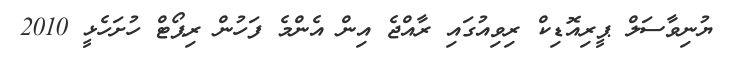
ޔުނިވާސަލް ޕީރިއޮޑިކް ރިވިއުގައި ރާއްޖެ އިން އެންމެ ފަހުން ރިޕޯޓް ހުށަހެޅީ 2010